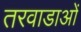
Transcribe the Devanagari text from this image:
तरवाडाओं